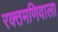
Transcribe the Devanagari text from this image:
रक्तमणिवाला